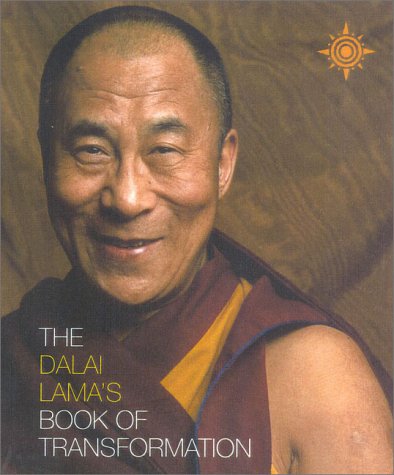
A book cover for The Dalai Lama's Book of Transformation; His Holiness the Dalai Lama; Religion & Spirituality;